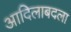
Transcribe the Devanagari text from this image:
आदिलाबदला